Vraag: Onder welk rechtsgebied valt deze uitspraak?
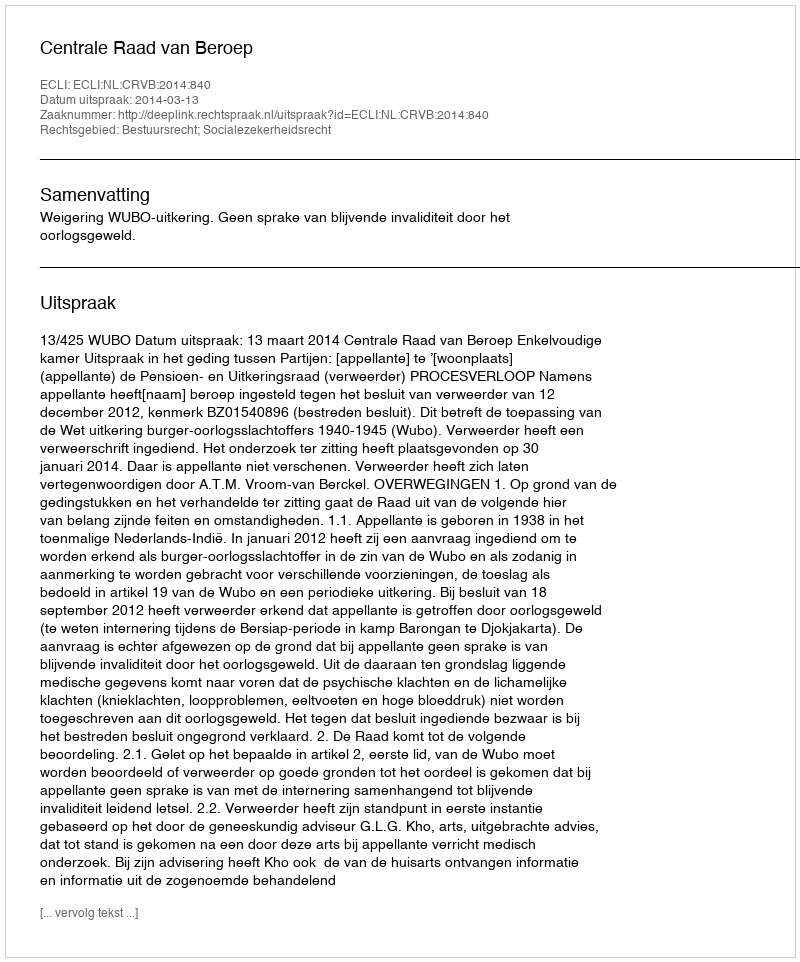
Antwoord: Bestuursrecht; Socialezekerheidsrecht